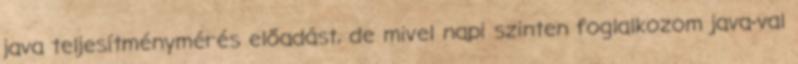
java teljesítménymérés előadást, de mivel napi szinten foglalkozom java-val